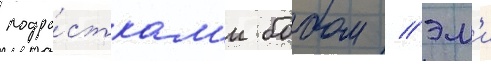
подро́сткам'и бобом / эм'и